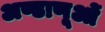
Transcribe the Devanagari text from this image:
अण्डाणूओं